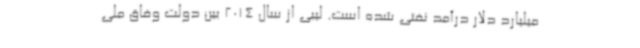
میلیارد دلار درآمد نفتی شده است. لیبی از سال 2014 بین دولت وفاق ملی